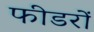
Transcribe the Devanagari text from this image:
फीडरों